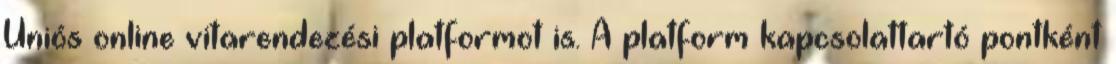
Uniós online vitarendezési platformot is. A platform kapcsolattartó pontként